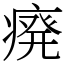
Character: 㾱